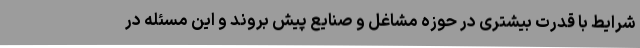
شرایط با قدرت بیشتری در حوزه مشاغل و صنایع پیش بروند و این مسئله در